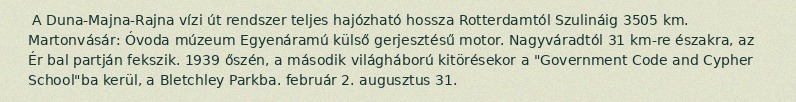
A Duna-Majna-Rajna vízi út rendszer teljes hajózható hossza Rotterdamtól Szulináig 3505 km. Martonvásár: Óvoda múzeum Egyenáramú külső gerjesztésű motor. Nagyváradtól 31 km-re északra, az Ér bal partján fekszik. 1939 őszén, a második világháború kitörésekor a "Government Code and Cypher School"ba kerül, a Bletchley Parkba. február 2. augusztus 31.